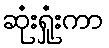
ဆုံးရှုံးကာ